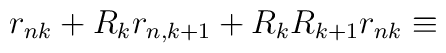
r_{nk}+R_kr_{n,k+1}+R_kR_{k+1}r_{nk}\equiv